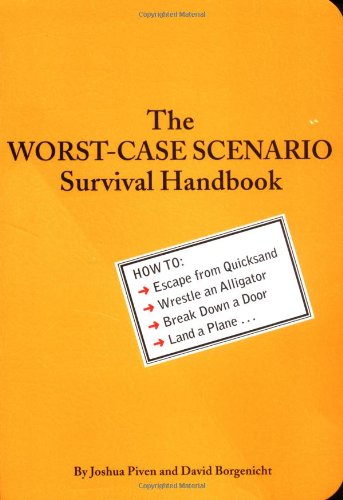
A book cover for The Worst-Case Scenario Survival Handbook; Joshua Piven; Humor & Entertainment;